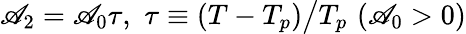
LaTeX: \mathscr{A}_{2}=\mathscr{A}_{0}\tau,\, \, \tau\equiv(T-T_{p})\big/T_{p}\, \, (\mathscr{A}_{0}>0)